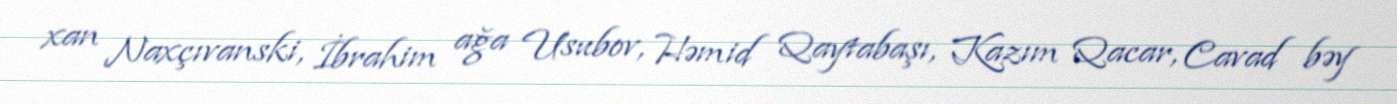
xan Naxçıvanski, İbrahim ağa Usubov, Həmid Qaytabaşı, Kazım Qacar, Cavad bəy